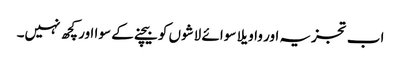
اب تجزیہ اور واویلا سوائے لاشوں کو بیچنے کے سوا اور کچھ نہیں۔